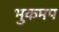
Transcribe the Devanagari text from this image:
भुकमप